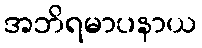
အဘိရမာပနာယ